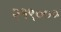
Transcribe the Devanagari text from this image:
२१९०००